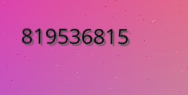
819536815